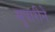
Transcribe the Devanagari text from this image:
सुपारीने